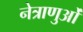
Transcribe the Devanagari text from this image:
नेत्राणुओं